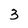
Character: 3